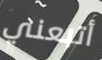
أتبعني